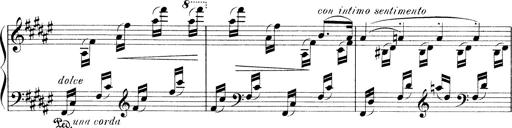
Title: 3 Ã‰tudes de concert
Composer: Franz Liszt